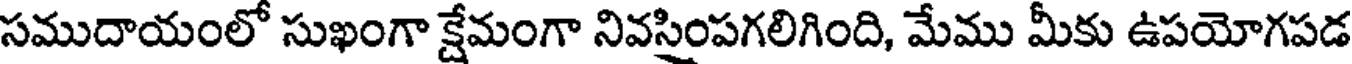
సముదాయంలో సుఖంగా క్షేమంగా నివసింపగలిగింది, మేము మీకు ఉపయోగపడ